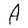
Character: A